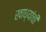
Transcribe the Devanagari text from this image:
खाध्यांची